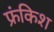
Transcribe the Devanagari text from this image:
फ्रंकिश